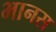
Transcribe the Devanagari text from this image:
भानस